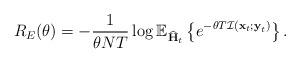
LaTeX: \begin{align*}\begin{aligned}R_E(\theta)=-\frac{1}{\theta NT}\log_{} \mathbb{E}_{\widehat{\mathbf{H}}_{t}} \left\{e^{-\theta T\mathcal{I}(\boldsymbol{\mathrm{x}}_{t};\boldsymbol{\mathrm{y}}_{t})} \right\}.\end{aligned}\end{align*}